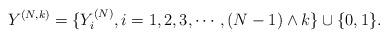
LaTeX: \begin{align*}Y^{(N,k)}=\{Y_i^{(N)},i=1,2,3,\cdots,(N-1)\wedge k \}\cup \{0,1\}.\end{align*}